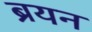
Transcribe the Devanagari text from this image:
ब्रयन